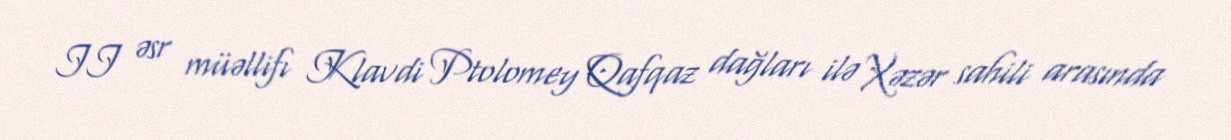
II əsr müəllifı Klavdi Ptolomey Qafqaz dağları ilə Xəzər sahili arasında